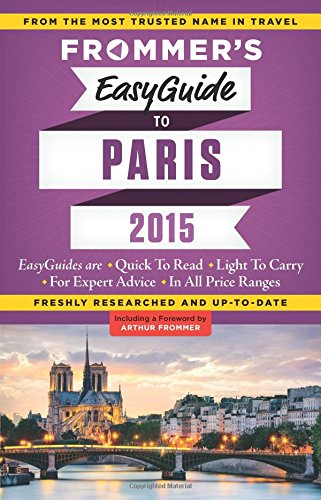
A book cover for Frommer's EasyGuide to Paris 2015 (Easy Guides); Margie Rynn; Travel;